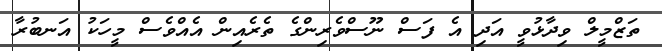
ތަޒްމީލް ވިދާޅުވީ އަދި އެ ފަސް ނޫސްވެރިންގެ ތެރެއިން އެއްވެސް މީހަކު އަނބުރާ